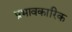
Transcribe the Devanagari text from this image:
प्रभावकारिक